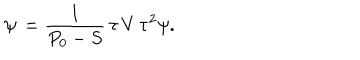
\psi \, = { \frac { 1 } { P _ { 0 } - S } } \, \tau \, V \, \tau ^ { 2 } \psi .